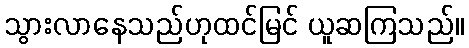
သွားလာနေသည်ဟုထင်မြင် ယူဆကြသည်။